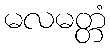
မလမတ္တံ